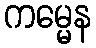
ကမ္မေန